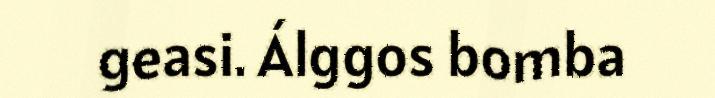
geasi. Álggos bomba